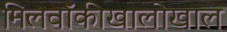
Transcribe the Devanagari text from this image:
मिलवॉकीखालोखाल